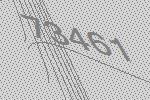
73461